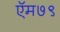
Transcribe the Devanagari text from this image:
ऍम७९